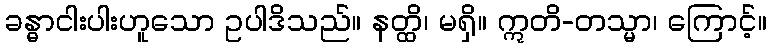
ခန္ဓာငါးပါးဟူသော ဥပါဒိသည်။ နတ္ထိ၊ မရှိ။ ဣတိ-တသ္မာ၊ ကြောင့်။